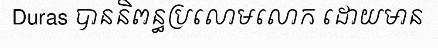
Duras បាននិពន្ធប្រលោមលោក ដោយមាន